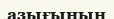
азығының